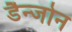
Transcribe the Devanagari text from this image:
डैन्जोन